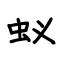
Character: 蚁